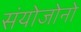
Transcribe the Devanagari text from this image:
संयोजोनो